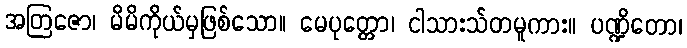
အတြဇော၊ မိမိကိုယ်မှဖြစ်သော။ မေပုတ္တော၊ ငါသားသ်တမူကား။ ပဏ္ဍိတော၊